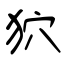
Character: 狖